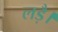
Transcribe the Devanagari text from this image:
लड़ै।